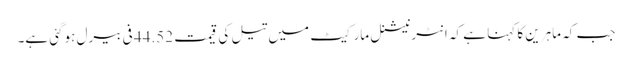
جب کہ ماہرین کا کہنا ہے کہ انٹرنیشنل مارکیٹ میں تیل کی قیمت 44.52 فی بیرل ہوگئی ہے۔